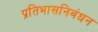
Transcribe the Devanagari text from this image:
प्रतिभासनिबंधन